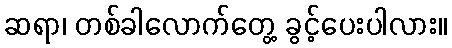
ဆရာ၊ တစ်ခါလောက်တွေ့ ခွင့်ပေးပါလား။